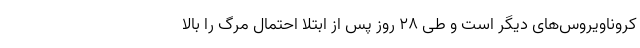
کروناویروس‌های دیگر است و طی ۲۸ روز پس از ابتلا احتمال مرگ را بالا